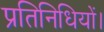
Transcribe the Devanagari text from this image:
प्रतिनिधियों।